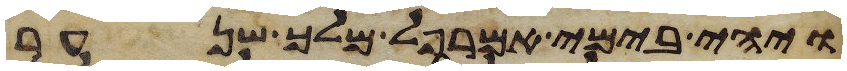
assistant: ויהי בימי אמרפל מלך שנער